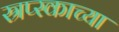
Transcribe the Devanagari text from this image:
स्रप्स्काच्या